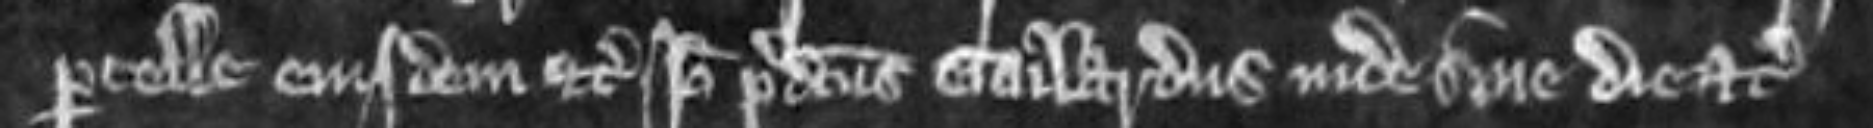
parcelle eiusdem etc Ideo predictus Gailardus inde sine die etc